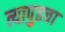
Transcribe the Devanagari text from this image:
त्यापुढचा